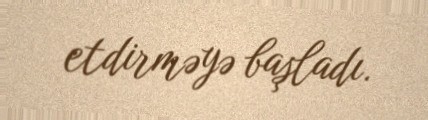
etdirməyə başladı.